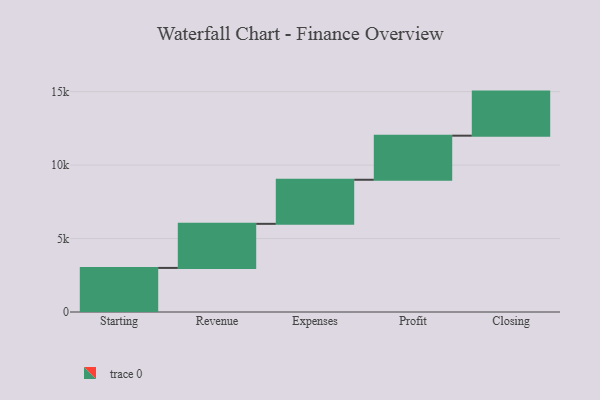
{"axis": {"x": "Step", "y": "Value"}, "legend": [""], "data": [{"x": "Starting", "y": 3000, "type": ""}, {"x": "Revenue", "y": 3000, "type": ""}, {"x": "Expenses", "y": 3000, "type": ""}, {"x": "Profit", "y": 3000, "type": ""}, {"x": "Closing", "y": 3000, "type": ""}]}